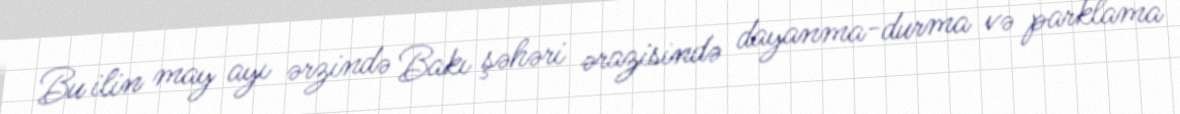
Bu ilin may ayı ərzində Bakı şəhəri ərazisində dayanma-durma və parklama